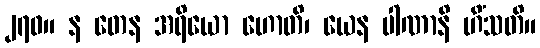
၂၇၀။ န တေန အရိယော ဟောတိ၊ ယေန ပါဏာနိ ဟိံသတိ။